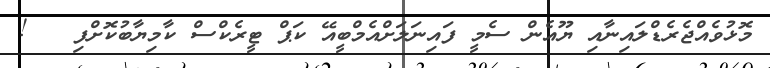
މޮޅުވެއްޖެރެޑްލައިނާއި ޔޫއެން ސެމީ ފައިނަލަށްއެމްބީއޭ ކަޕް ޓީރެކްސް ކާމިޔާބުކޮށްފި   !